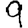
Digit: 9